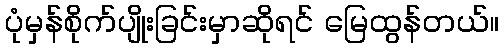
ပုံမှန်စိုက်ပျိုးခြင်းမှာဆိုရင် မြေထွန်တယ်။